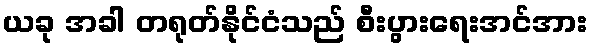
ယခု အခါ တရုတ်နိုင်ငံသည် စီးပွားရေးအင်အား